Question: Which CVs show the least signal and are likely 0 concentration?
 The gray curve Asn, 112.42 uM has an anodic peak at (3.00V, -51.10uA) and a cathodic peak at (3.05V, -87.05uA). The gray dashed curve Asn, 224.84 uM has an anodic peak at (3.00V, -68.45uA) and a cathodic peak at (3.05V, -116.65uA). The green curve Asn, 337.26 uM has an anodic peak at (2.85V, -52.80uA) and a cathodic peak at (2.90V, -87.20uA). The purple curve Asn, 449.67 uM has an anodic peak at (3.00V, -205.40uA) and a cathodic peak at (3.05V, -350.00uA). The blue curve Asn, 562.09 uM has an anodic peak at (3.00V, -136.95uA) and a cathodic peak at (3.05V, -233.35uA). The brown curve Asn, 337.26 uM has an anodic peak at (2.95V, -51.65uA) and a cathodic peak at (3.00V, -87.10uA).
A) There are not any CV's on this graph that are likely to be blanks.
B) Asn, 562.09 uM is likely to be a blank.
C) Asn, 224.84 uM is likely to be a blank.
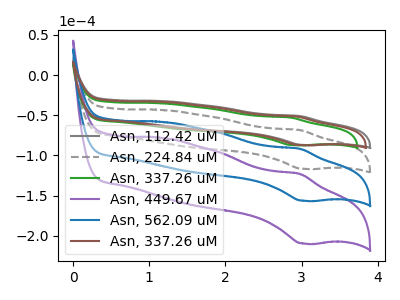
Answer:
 <answer>A) There are not any CV's on this graph that are likely to be blanks.</answer>
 <eval>A</eval>